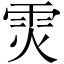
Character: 𮦉